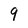
Character: 9